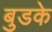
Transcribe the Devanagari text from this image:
बुडके